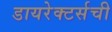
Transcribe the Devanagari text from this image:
डायरेक्टर्सची